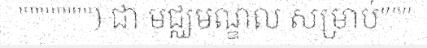
""""""") ជា មជ្ឈមណ្ឌល សម្រាប់"""